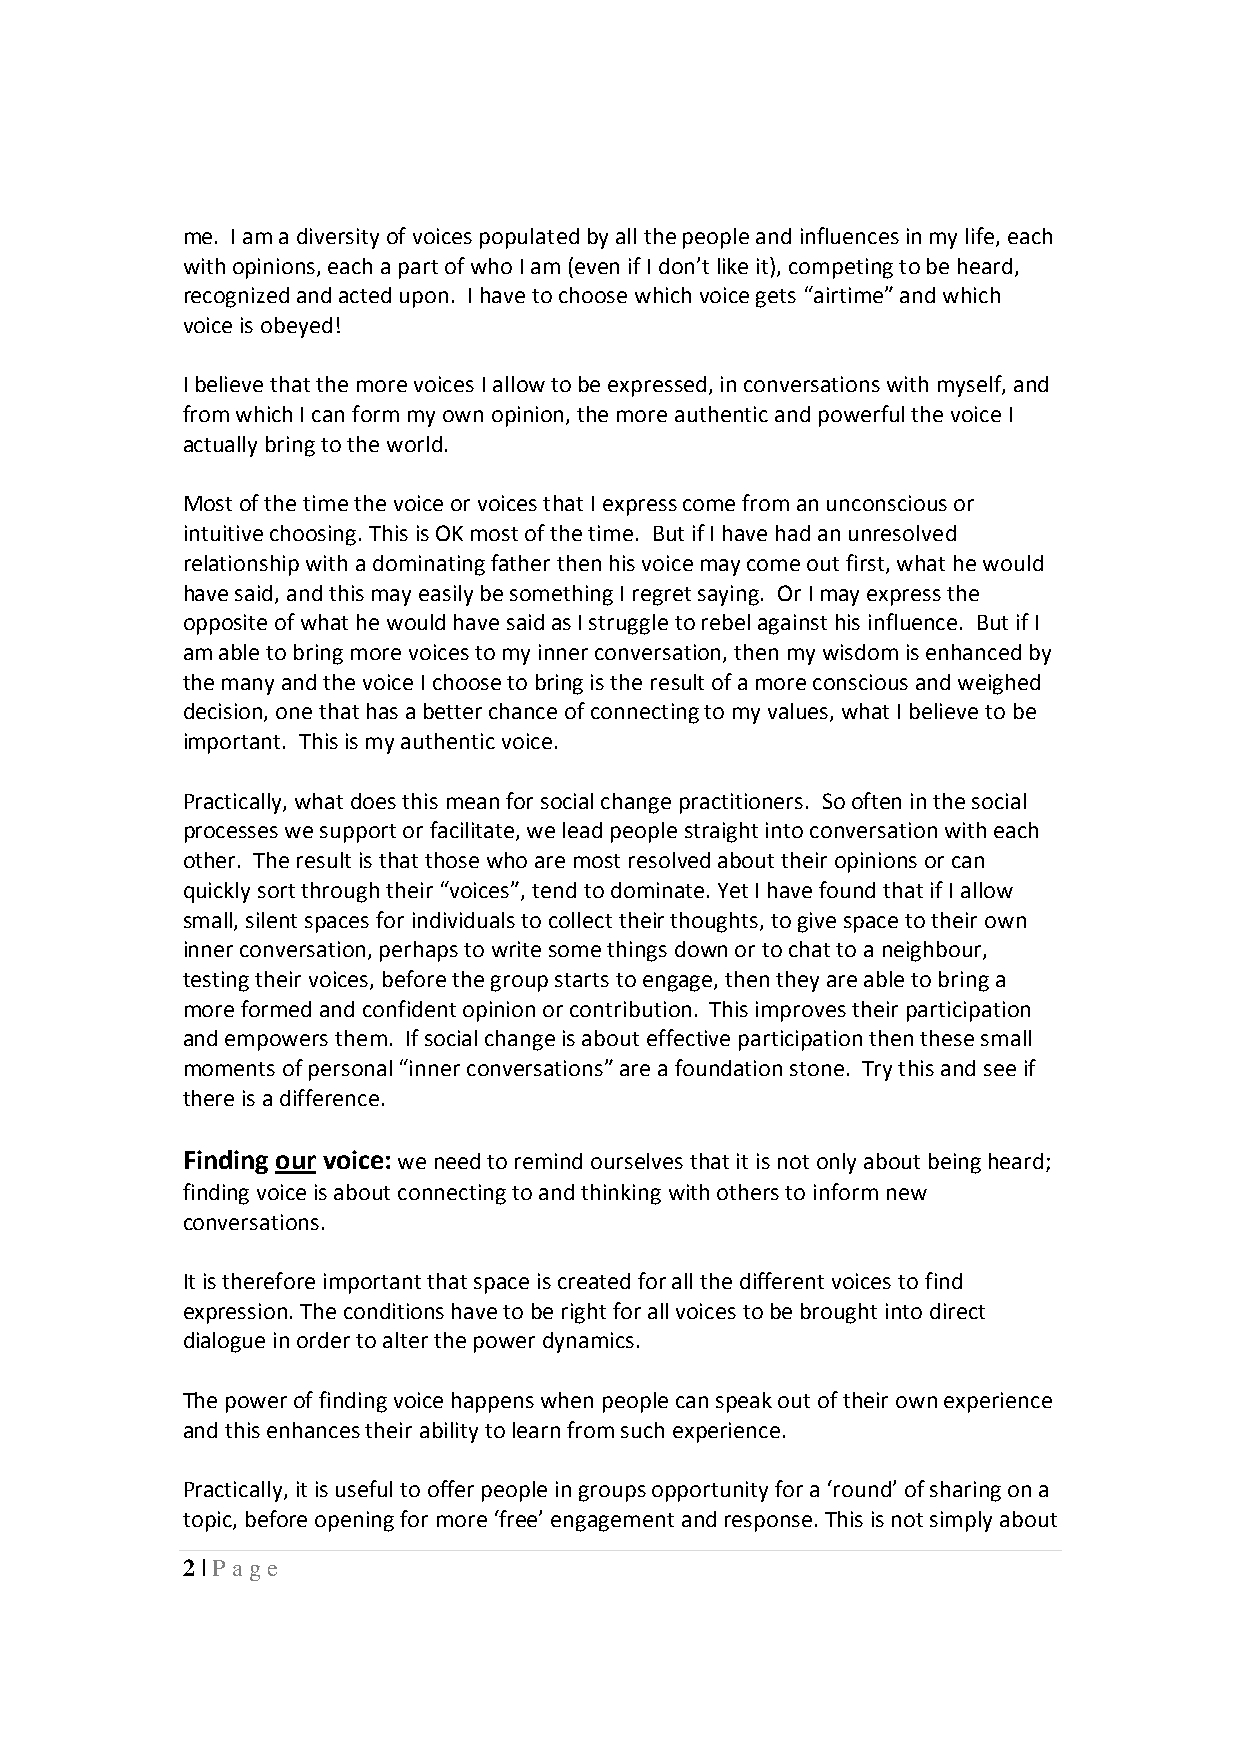
me. I am a diversity of voices populated by all the people and influences in my life, each
 with opinions, each a part of who I am (even if I don’t like it), competing to be heard,
 recognized and acted upon. I have to choose which voice gets “airtime” and which
 voice is obeyed!
 I believe that the more voices I allow to be expressed, in conversations with myself, and
 from which I can form my own opinion, the more authentic and powerful the voice I
 actually bring to the world.
 Most of the time the voice or voices that I express come from an unconscious or
 intuitive choosing. This is OK most of the time. But if I have had an unresolved
 relationship with a dominating father then his voice may come out first, what he would
 have said, and this may easily be something I regret saying. Or I may express the
 opposite of what he would have said as I struggle to rebel against his influence. But if I
 am able to bring more voices to my inner conversation, then my wisdom is enhanced by
 the many and the voice I choose to bring is the result of a more conscious and weighed
 decision, one that has a better chance of connecting to my values, what I believe to be
 important. This is my authentic voice.
 Practically, what does this mean for social change practitioners. So often in the social
 processes we support or facilitate, we lead people straight into conversation with each
 other. The result is that those who are most resolved about their opinions or can
 quickly sort through their “voices”, tend to dominate. Yet I have found that if I allow
 small, silent spaces for individuals to collect their thoughts, to give space to their own
 inner conversation, perhaps to write some things down or to chat to a neighbour,
 testing their voices, before the group starts to engage, then they are able to bring a
 more formed and confident opinion or contribution. This improves their participation
 and empowers them. If social change is about effective participation then these small
 moments of personal “inner conversations” are a foundation stone. Try this and see if
 there is a difference.
 Finding our voice: we need to remind ourselves that it is not only about being heard;
 finding voice is about connecting to and thinking with others to inform new
 conversations.
 It is therefore important that space is created for all the different voices to find
 expression. The conditions have to be right for all voices to be brought into direct
 dialogue in order to alter the power dynamics.
 The power of finding voice happens when people can speak out of their own experience
 and this enhances their ability to learn from such experience.
 Practically, it is useful to offer people in groups opportunity for a ‘round’ of sharing on a
 topic, before opening for more ‘free’ engagement and response. This is not simply about
 2 | Page